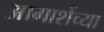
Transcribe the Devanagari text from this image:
आगाशेंच्या